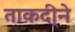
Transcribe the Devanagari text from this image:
ताकदी्ने